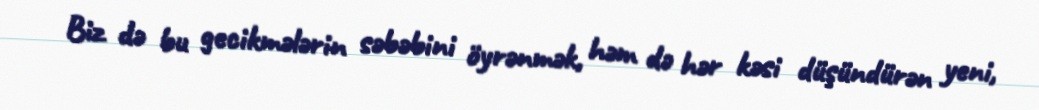
Biz də bu gecikmələrin səbəbini öyrənmək, həm də hər kəsi düşündürən yeni,